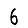
Digit: 6